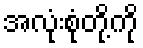
အလုံးစုံတို့ကို